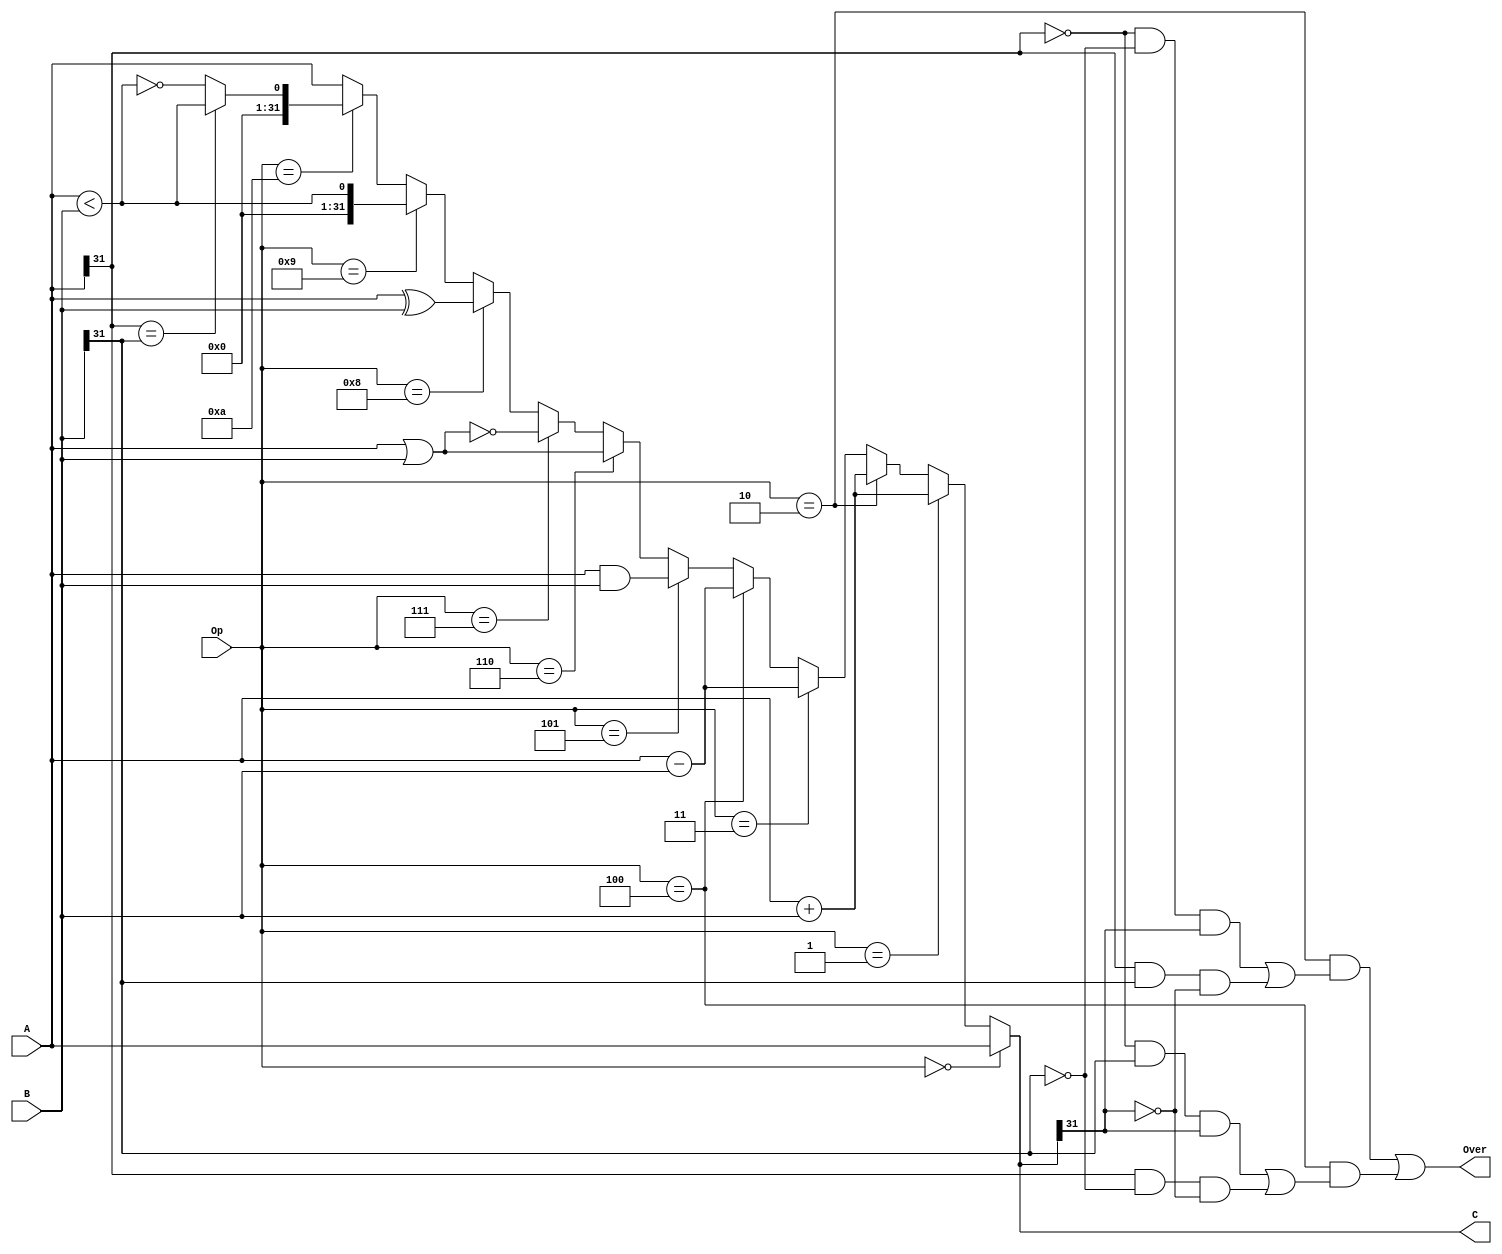
`timescale 1ns / 1ps
//////////////////////////////////////////////////////////////////////////////////
// Company: 
// Engineer: 
// 
// Design Name: 
// Module Name:    ALU 
// Project Name: 
// Target Devices: 
// Tool versions: 
// Description: 
//
// Dependencies: 
//
// Revision: 
// Revision 0.01 - File Created
// Additional Comments: 
//
//////////////////////////////////////////////////////////////////////////////////
module ALU(
	A,B,Op,C,Over
   );
	input[31:0]A,B;
	input[3:0]Op;
	output[31:0]C;
	output Over;
	
	assign C = 
		(Op==4'b0000) ? A :											//
		(Op==4'b0001) ? A+B :										//
		(Op==4'b0010) ? A+B :										//
		(Op==4'b0011) ? A-B :										//
		(Op==4'b0100) ? A-B :										//
		(Op==4'b0101) ? A&B :										//
		(Op==4'b0110) ? A|B :										//
		(Op==4'b0111) ? ~(A|B) :									//
		(Op==4'b1000) ? A^B : 										//
		(Op==4'b1001) ? {31'b0,A<B} :								//
		(Op==4'b1010) ? {31'b0,(A[31]==B[31])?A<B:~(A<B)} ://
		A;
		
	assign Over = 
		((Op==4'b0010)&&((!A[31]&&!B[31]&&C[31])||(A[31]&&B[31]&&!C[31])))||
		((Op==4'b0100)&&((!A[31]&&B[31]&&C[31])||(A[31]&&!B[31]&&!C[31])));

endmodule